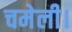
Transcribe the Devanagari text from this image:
चमेली।